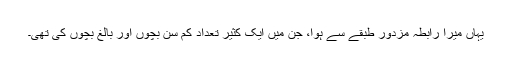
یہاں میرا رابطہ مزدور طبقے سے ہوا، جن میں ایک کثیر تعداد کم سِن بچوں اور بالغ بچوں کی تھی۔